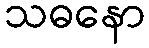
သဓနော